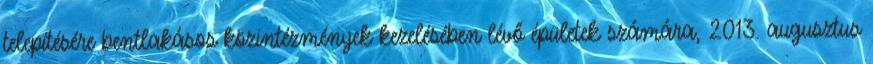
telepítésére bentlakásos közintézmények kezelésében lévő épületek számára, 2013. augusztus